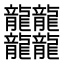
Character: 𪚥